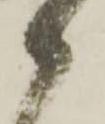
郎